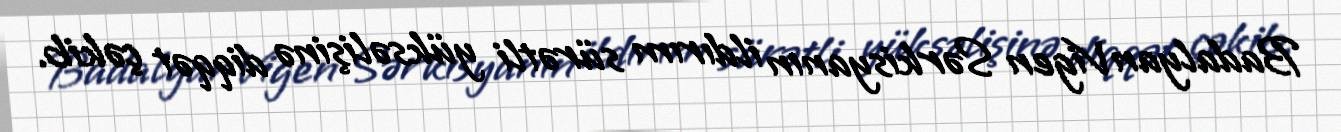
BadalyanVigen Sərkisyanın ildırım sürətli yüksəlişinə diqqət çəkib.